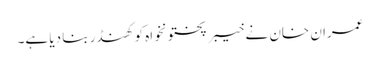
عمران خان نے خیبرپختونخواہ کو کھنڈر بنا دیا ہے۔